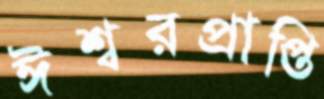
ঈশ্বরপ্রাপ্তি